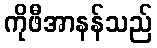
ကိုဖီအာနန်သည်